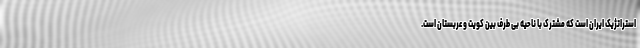
استراتژیک ایران است که مشترک با ناحیه بی طرف بین کویت و عربستان است.